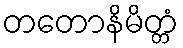
တတောနိမိတ္တံ